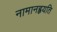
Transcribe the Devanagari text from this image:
नामानह्वयति